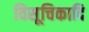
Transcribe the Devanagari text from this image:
विसूचिकादि